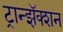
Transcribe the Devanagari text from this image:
ट्रान्झॅक्शन